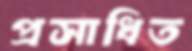
প্রসাধিত